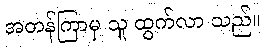
အတန်ကြာမှ သူ ထွက်လာ သည်။